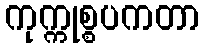
ကုက္ကုစ္စပကတာ